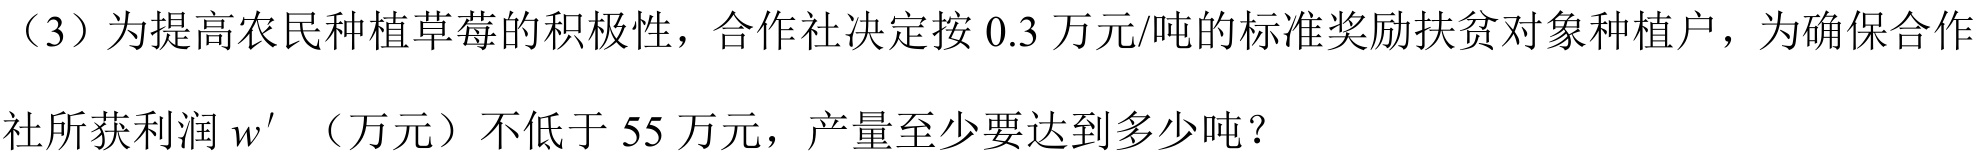
（3）为提高农民种植草莓的积极性，合作社决定按 \(0.3\) 万元/吨的标准奖励扶贫对象种植户，为确保合作
社所获利润 \(w'\) （万元）不低于 \(55\) 万元，产量至少要达到多少吨？